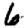
Digit: 6